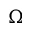
\Omega